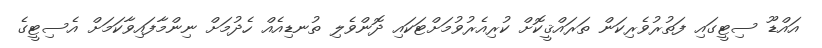
އައްޑޫ ސިޓީގައި ފަތުރުވެރިކަން ތަރައްޤީކޮށް ކުރިއެރުވުމަށްޓަކައި ދޮންވެލި ތުނޑިއެއް ހެދުމަށް ނިންމާފައިވާކަމަށް އެސިޓީގެ